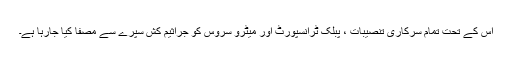
اس کے تحت تمام سرکاری تنصیبات ، پبلک ٹرانسپورٹ اور میٹرو سروس کو جراثیم کش سپرے سے مصفا کیا جارہا ہے۔